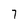
Character: 7